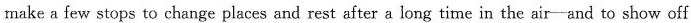
make a few stops to change places and rest after a long time in the air-and to show off